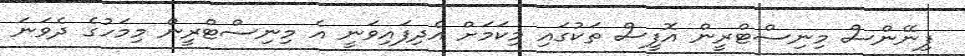
ފިނޭންސް މިނިސްޓްރީން އޮފީސް ތަކުގައި މިކަމަށް އެދިފައިވަނީ އެ މިނިސްޓްރީން މިމަހުގެ ދެވަނަ